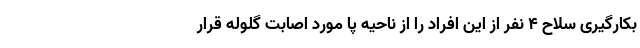
بکارگیری سلاح ۴ نفر از این افراد را از ناحیه پا مورد اصابت گلوله قرار